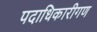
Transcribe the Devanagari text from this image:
पदाधिकारीगण